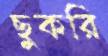
ছুকরি